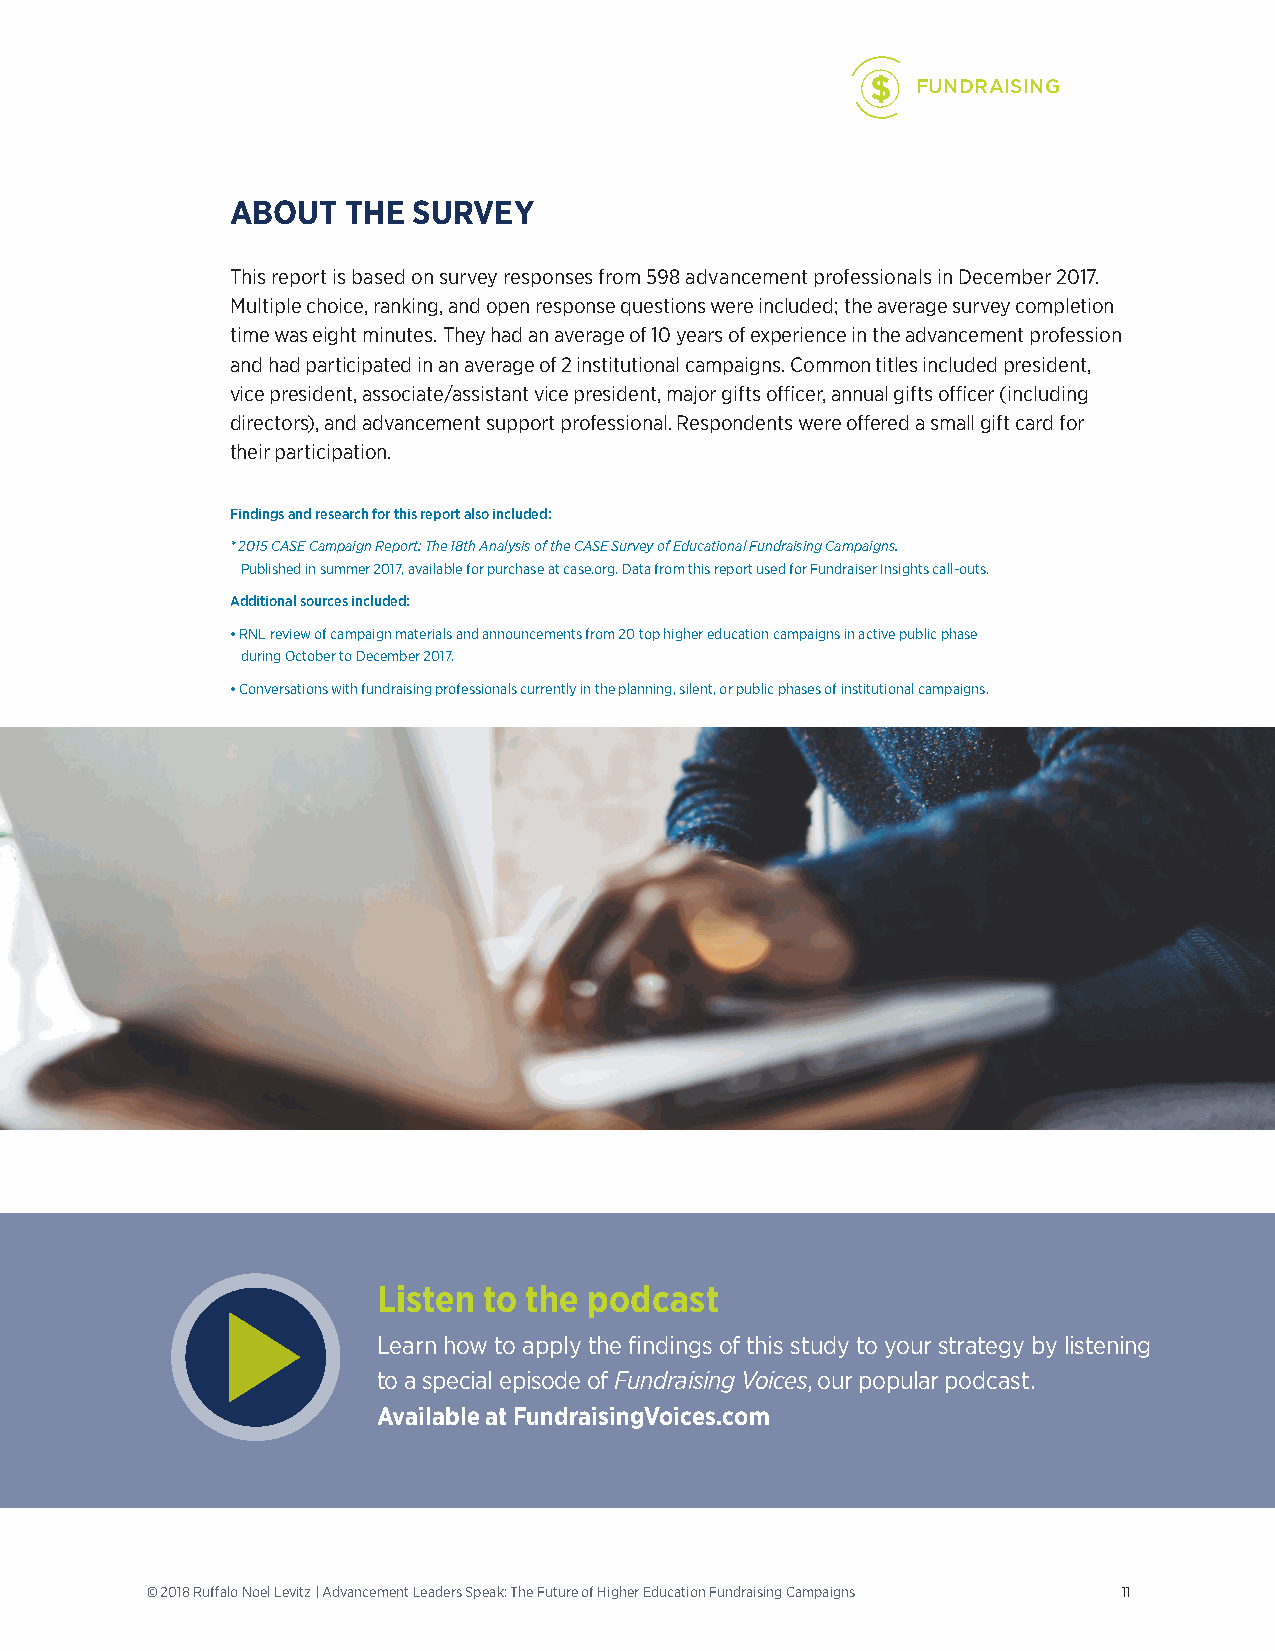
$  FUNDRAISING
 ABOUT   THE SURVEY
 This report is based on survey responses from 598 advancement professionals in December 2017.
 Multiple choice, ranking, and open response questions were included; the average survey completion
 time was eight minutes. They had an average of 10 years of experience in the advancement profession
 and had participated in an average of 2 institutional campaigns. Common titles included president,
 vice president, associate/assistant vice president, major gifts officer, annual gifts officer (including
 directors), and advancement support professional. Respondents were offered a small gift card for
 their participation.
 Findings and research for this report also included:
 * 2015 CASE Campaign Report: The 18th Analysis of the CASE Survey of Educational Fundraising Campaigns.
 Published in summer 2017, available for purchase at case.org. Data from this report used for Fundraiser Insights call-outs.
 Additional sources included:
 • RNL review of campaign materials and announcements from 20 top higher education campaigns in active public phase
 during October to December 2017.
 • Conversations with fundraising professionals currently in the planning, silent, or public phases of institutional campaigns.
 Listen to the podcast
 Learn how to apply the findings of this study to your strategy by listening
 to a special episode of Fundraising Voices, our popular podcast.
 Available at FundraisingVoices.com
 © 2018 Ruffalo Noel Levitz | Advancement Leaders Speak: The Future of Higher Education Fundraising Campaigns 11